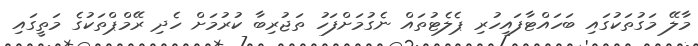
މާލޭ މަގުތަކުގައި ބަހައްޓާފައިހުރި ޕެލެޓުތައް ނެގުމަށްފަހު ތަޖުރިބާ ކުރުމަށް ހެދި ރޭމްޕްތަކުގެ މަތީގައި